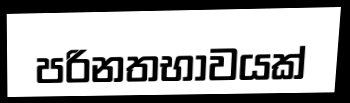
පරිනතභාවයක්